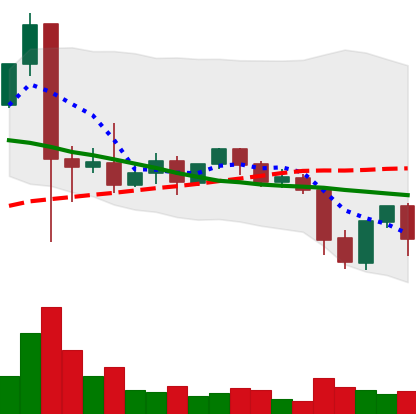
Ticker: XLM-USD
Chart end date: 2021-09-24
Forward return: -4.077%
Label: down_3_5